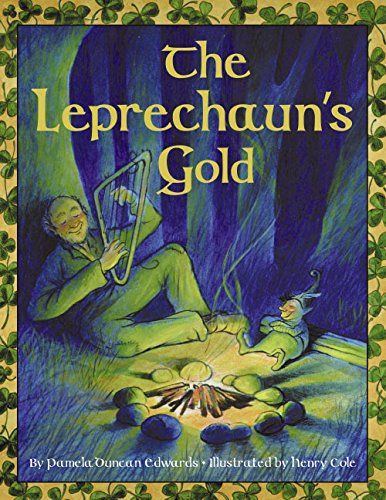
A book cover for The Leprechaun's Gold; Pamela Duncan Edwards; Children's Books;